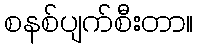
စနစ်ပျက်စီးတာ။